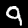
Digit: 9